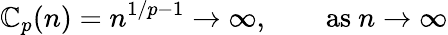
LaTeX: \mathbb{C}_{p}(n)=n^{1/p-1}\to\infty,\qquad{\mathrm{{as~}}}n\to\infty